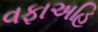
વફાઅહિ